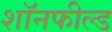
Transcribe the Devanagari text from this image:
शॉनफील्ड